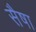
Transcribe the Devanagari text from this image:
सैषा